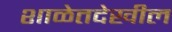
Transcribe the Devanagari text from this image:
शाळेतदेखील